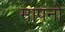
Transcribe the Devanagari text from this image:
मापनो